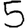
Digit: 5